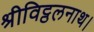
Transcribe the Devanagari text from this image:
श्रीविट्ठलनाथ।